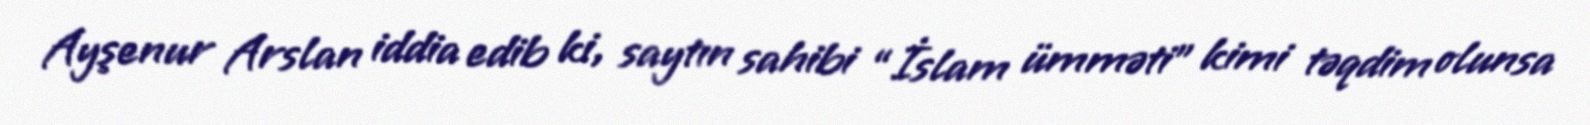
Ayşenur Arslan iddia edib ki, saytın sahibi “İslam ümməti” kimi təqdim olunsa